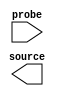

module issp1 (
	probe,
	source);	

	input	[5:0]	probe;
	output	[1:0]	source;
endmodule